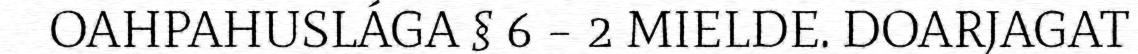
OAHPAHUSLÁGA § 6 – 2 MIELDE. DOARJAGAT